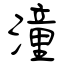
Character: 潼